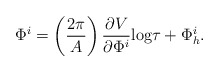
\begin{align*}\Phi^i = \left(\frac{2\pi}{ A}\right)\frac{\partial V}{ \partial \Phi^i} \mbox{log}\tau + \Phi^i_h . \end{align*}